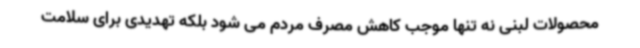
محصولات لبنی نه تنها موجب کاهش مصرف مردم می شود بلکه تهدیدی برای سلامت